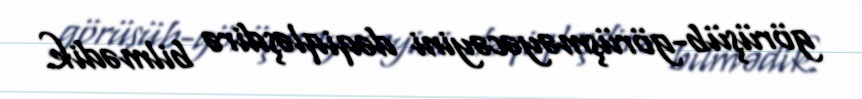
görüşüb-görüşməyəcəyini dəqiqləşdirə bilmədik.